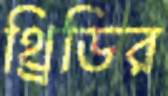
থ্রিডির